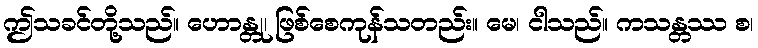
ဤသခင်တို့သည်။ ဟောန္တု၊ ဖြစ်စေကုန်သတည်း။ မေ၊ ငါသည်။ ကသန္တဿ စ၊